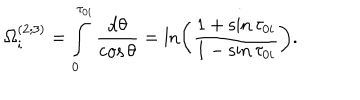
\Omega _ { i } ^ { ( 2 ; 3 ) } = \int _ { 0 } ^ { \tau _ { 0 i } } \frac { \mathrm { d } \theta } { \cos \theta } = \ln \left( \frac { 1 + \sin \tau _ { 0 i } } { 1 - \sin \tau _ { 0 i } } \right) .